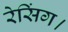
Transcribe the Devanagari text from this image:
रेसिंग।